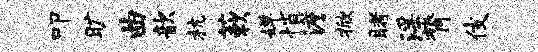
叩旷曲歆杭蔌婵悄澹掀睹淫膂伎